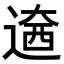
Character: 𨕏